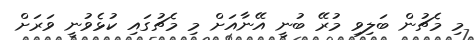
މި މެޗުން ބަލިވި މުރޭ ބުނީ އޭނާއަށް މި މެޗުގައި ކުޅެވުނީ ވަރަށް